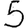
Digit: 5